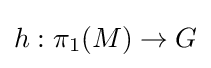
h:\pi _{1}(M)\to G